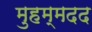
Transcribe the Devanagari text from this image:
मुहम्मदद